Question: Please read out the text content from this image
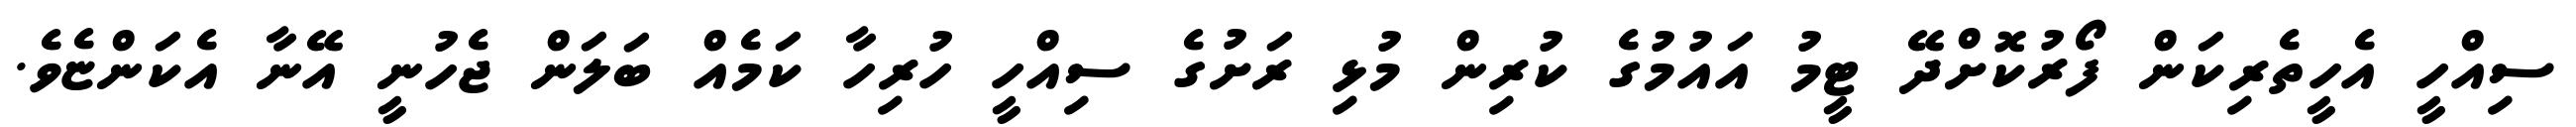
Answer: ސިއްހީ އެހީތެރިކަން ފޯރުކޮށްދޭ ޓީމު އައުމުގެ ކުރިން މުޅި ރަށުގެ ސިއްހީ ހުރިހާ ކަމެއް ބަލަން ޖެހުނީ އޭނާ އެކަންޏެވެ.